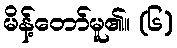
မိန့်တော်မူ၏။ (၆)